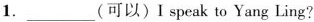
1.___(可以)I speak to Yang Ling?